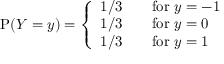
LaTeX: \operatorname { P } ( Y = y ) = { \left\{ \begin{array} { l l } { 1 / 3 } & { \quad { \mathrm { f o r ~ } } y = - 1 } \\ { 1 / 3 } & { \quad { \mathrm { f o r ~ } } y = 0 } \\ { 1 / 3 } & { \quad { \mathrm { f o r ~ } } y = 1 } \end{array} \right. }